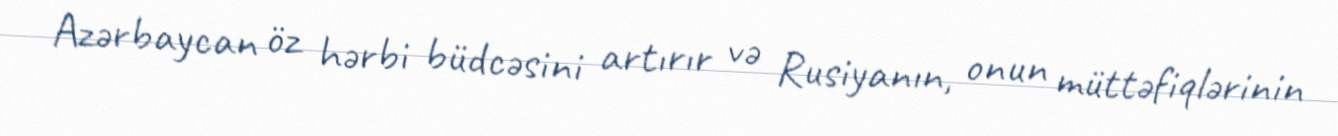
Azərbaycan öz hərbi büdcəsini artırır və Rusiyanın, onun müttəfiqlərinin